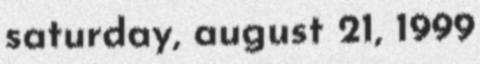
saturday, august 21, 1999